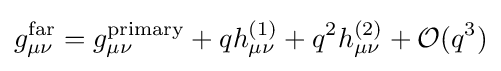
g_{\mu \nu }^{\rm {far}}=g_{\mu \nu }^{\rm {primary}}+qh_{\mu \nu }^{(1)}+q^{2}h_{\mu \nu }^{(2)}+{\mathcal {O}}(q^{3})